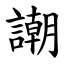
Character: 謿